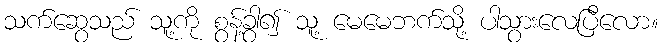
သက်ဆွေသည် သူ့ကို စွန့်ခွာ၍ သူ့ မေမေဘက်သို့ ပါသွားလေပြီလော။